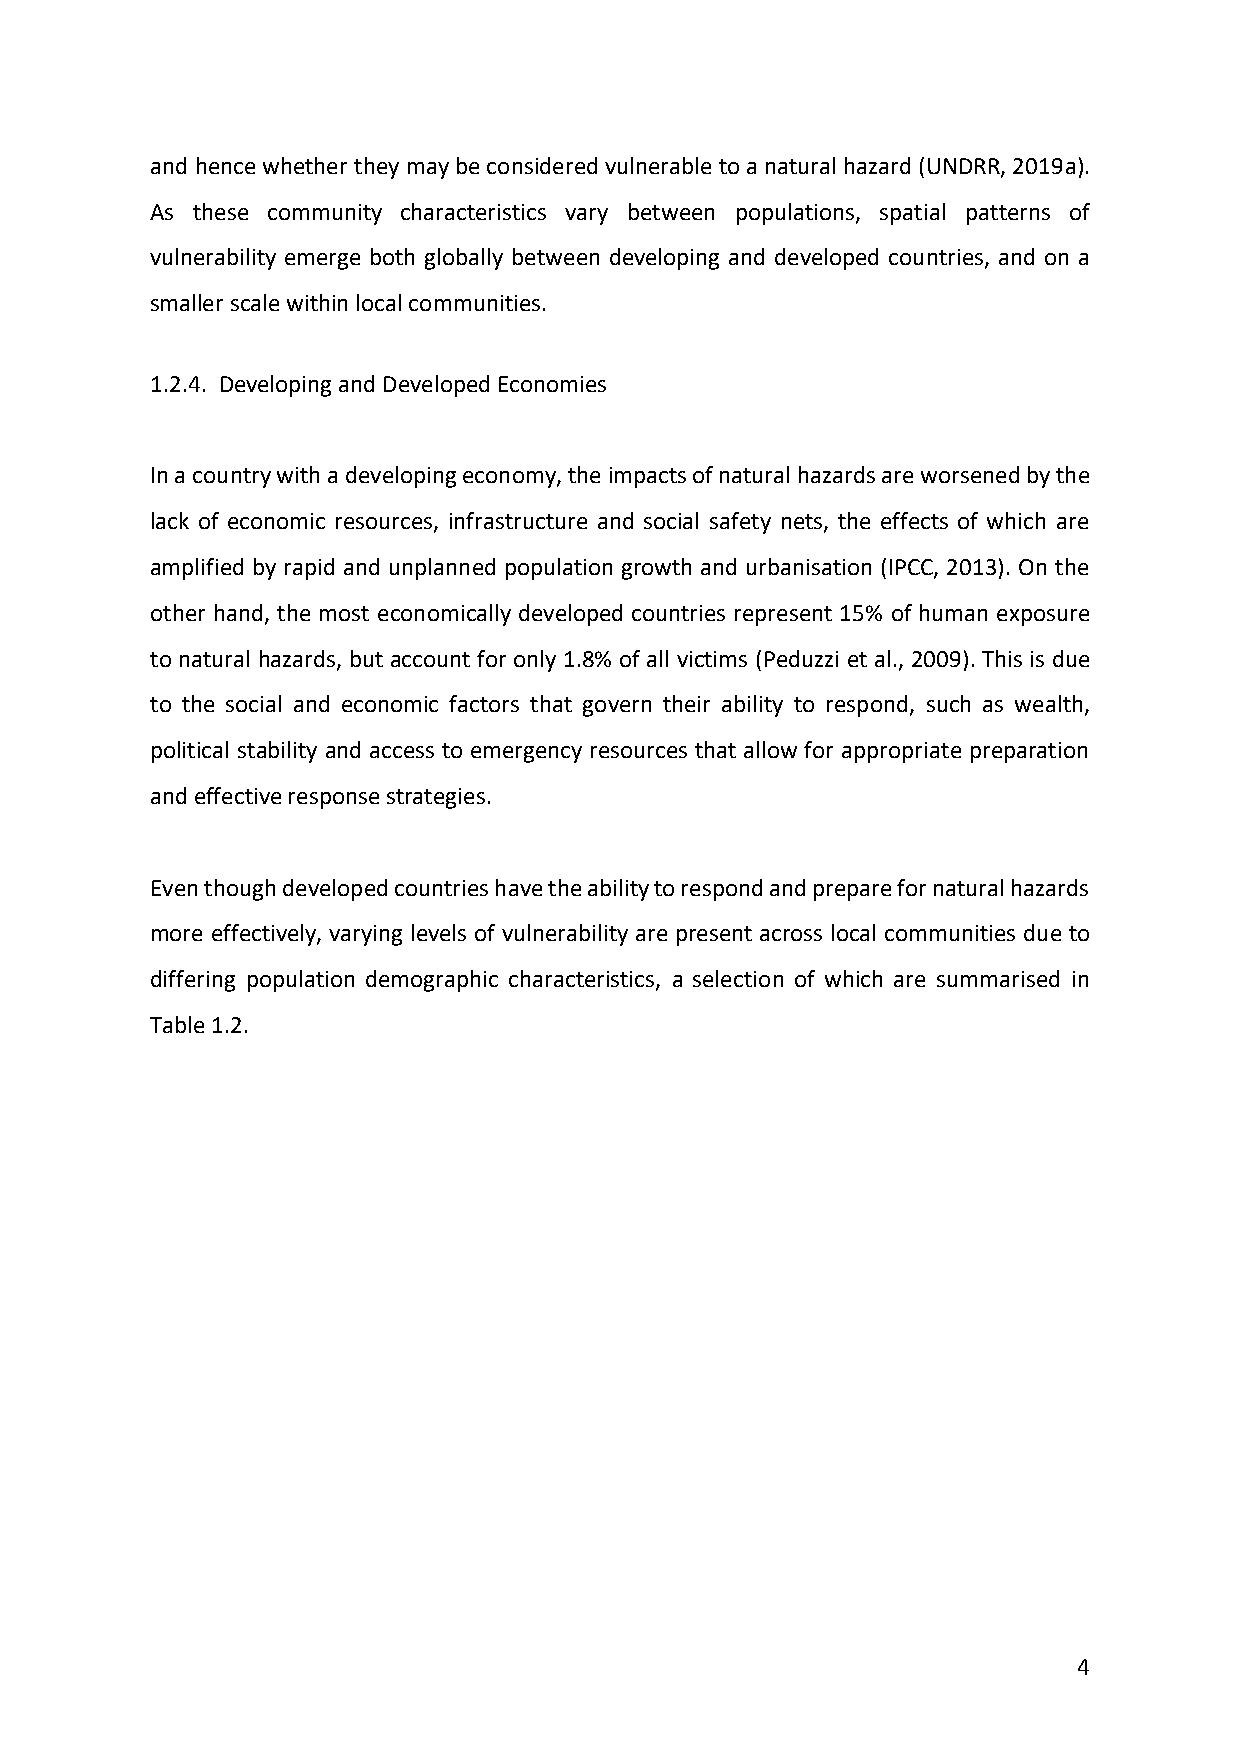
and hence whether they may be considered vulnerable to a natural hazard (UNDRR, 2019a).
 As these community characteristics vary between populations, spatial patterns of
 vulnerability emerge both globally between developing and developed countries, and on a
 smaller scale within local communities.
 1.2.4. Developing and Developed Economies
 In a country with a developing economy, the impacts of natural hazards are worsened by the
 lack of economic resources, infrastructure and social safety nets, the effects of which are
 amplified by rapid and unplanned population growth and urbanisation (IPCC, 2013). On the
 other hand, the most economically developed countries represent 15% of human exposure
 to natural hazards, but account for only 1.8% of all victims (Peduzzi et al., 2009). This is due
 to the social and economic factors that govern their ability to respond, such as wealth,
 political stability and access to emergency resources that allow for appropriate preparation
 and effective response strategies.
 Even though developed countries have the ability to respond and prepare for natural hazards
 more effectively, varying levels of vulnerability are present across local communities due to
 differing population demographic characteristics, a selection of which are summarised in
 Table 1.2.
 4